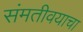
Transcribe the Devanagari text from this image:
संमतीवयाचा